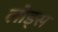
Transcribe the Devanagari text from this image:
लोड्स